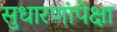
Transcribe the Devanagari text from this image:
सुधारणांपेक्षा